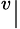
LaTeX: ^{v}|